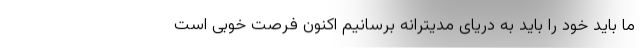
ما باید خود را باید به دریای مدیترانه برسانیم اکنون فرصت خوبی است